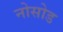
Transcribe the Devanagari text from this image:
नोसोड